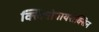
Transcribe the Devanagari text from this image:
क्लिनोपायरोक्सिन